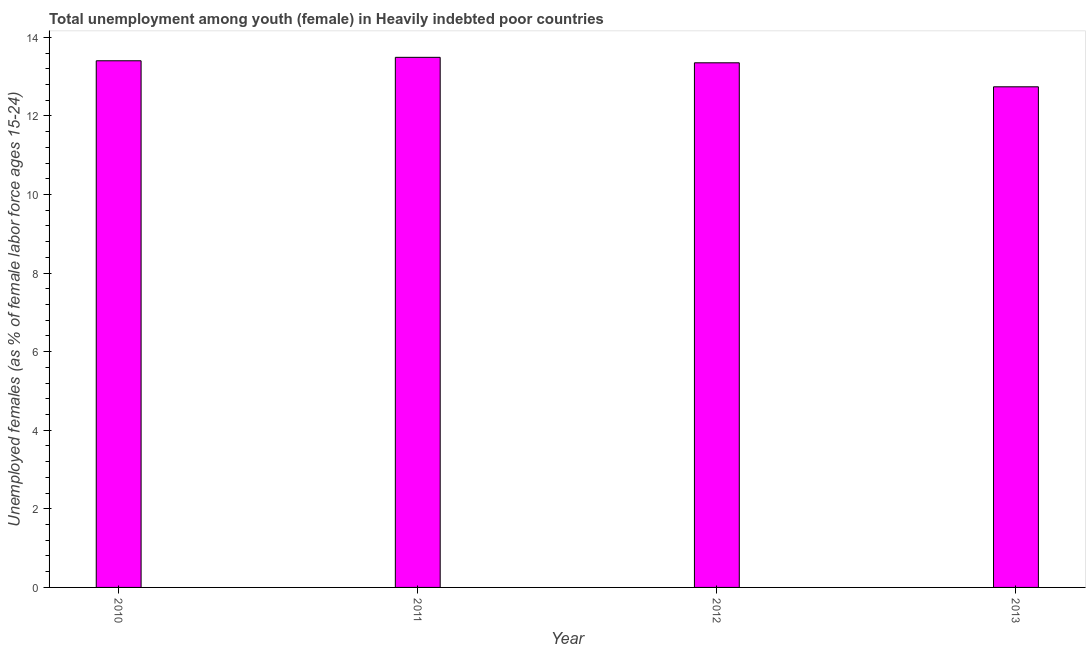
| Year | Unemployment |
 | --- | --- |
 | 2010 | 13.4 |
 | 2011 | 13.5 |
 | 2012 | 13.4 |
 | 2013 | 12.7 |